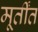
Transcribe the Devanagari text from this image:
मूर्तींत